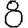
Digit: 8